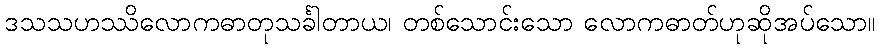
ဒသသဟဿိလောကဓာတုသင်္ခါတာယ၊ တစ်သောင်းသော လောကဓာတ်ဟုဆိုအပ်သော။